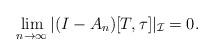
LaTeX: \begin{align*}\lim_{n \to \infty}|(I-A_n)[T,\tau]|_{\mathcal I} = 0.\end{align*}